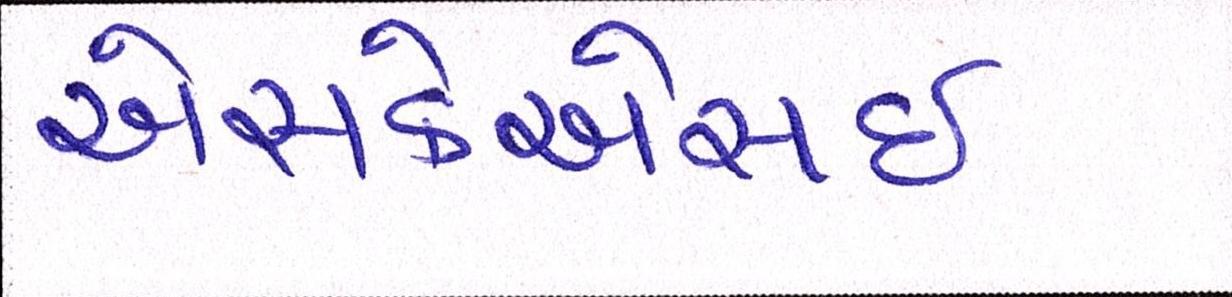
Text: એસકેએસઈ